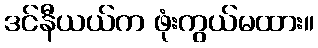
ဒင်နီယယ်က ဖုံးကွယ်မထား။